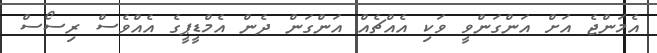
އެމަންޖެ އަށް އަންގަންވީ ވަކި އެއްޗެއް އަންގަން ދެން އެމްޑީޕީގެ އެއްވެސް ރިސޯސް